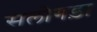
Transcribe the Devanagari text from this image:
सलोगड़ा